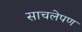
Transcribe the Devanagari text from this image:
साचलेपण